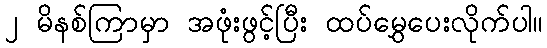
၂ မိနစ်ကြာမှာ အဖုံးဖွင့်ပြီး ထပ်မွှေပေးလိုက်ပါ။